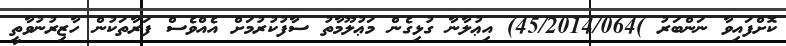
ކޮށްފައިވާ ނަންބަރު )45/2014/064) އިޢުލާނާ ގުޅިގެން މަޢުލޫމާތު ސާފުކުރުމަށް އެއްވެސް ފަރާތަކުން ހާޒިރުނުވާތީ